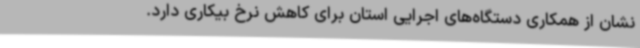
نشان از همکاری دستگاه‌های اجرایی استان برای کاهش نرخ بیکاری دارد.